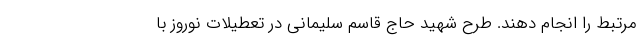
مرتبط را انجام دهند. طرح شهید حاج قاسم سلیمانی در تعطیلات نوروز با